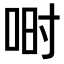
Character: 𫪅